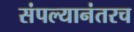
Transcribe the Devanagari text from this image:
संपल्यानंतरच